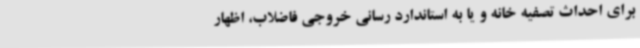
برای احداث تصفیه خانه و یا به استاندارد رسانی خروجی فاضلاب، اظهار